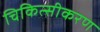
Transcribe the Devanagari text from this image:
चिकित्सीकरण